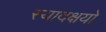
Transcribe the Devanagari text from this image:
स्यादक्षयो